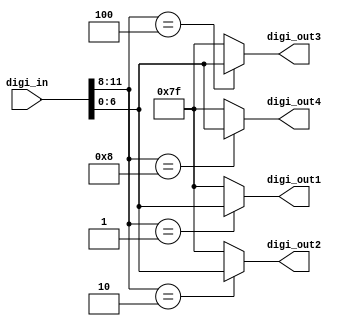
`timescale 1ns/1ns

//For Altera DE2: Trans non-scanning Digital tube to scanning Digital tube

module digitube_scan(digi_in,digi_out1,digi_out2,digi_out3,digi_out4);
input [11:0] digi_in;	//AN3,AN2,AN1,AN0,DP,CG,CF,CE,CD,CC,CB,CA
output [6:0] digi_out1;	//0: CG,CF,CE,CD,CC,CB,CA
output [6:0] digi_out2;	//1: CG,CF,CE,CD,CC,CB,CA
output [6:0] digi_out3;	//2: CG,CF,CE,CD,CC,CB,CA
output [6:0] digi_out4;	//3: CG,CF,CE,CD,CC,CB,CA

assign digi_out1=(digi_in[11:8]==4'b0001)?digi_in[6:0]:7'b111_1111;
assign digi_out2=(digi_in[11:8]==4'b0010)?digi_in[6:0]:7'b111_1111;
assign digi_out3=(digi_in[11:8]==4'b0100)?digi_in[6:0]:7'b111_1111;
assign digi_out4=(digi_in[11:8]==4'b1000)?digi_in[6:0]:7'b111_1111;

endmodule